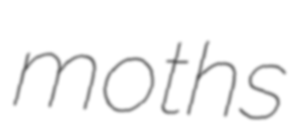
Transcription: moths